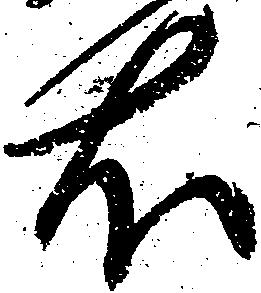
右